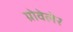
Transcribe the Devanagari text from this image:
ग्रोवेलेर